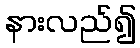
နားလည်၍